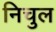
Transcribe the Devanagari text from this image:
निचुल